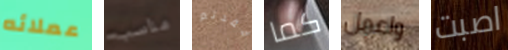
عملائه مناسب فقدتم كما واعمل اصبت